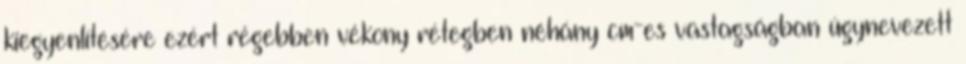
kiegyenlítésére ezért régebben vékony rétegben néhány cm-es vastagságban úgynevezett